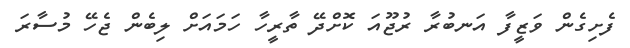
ފެށިގެން ވަޒީފާ އަނބުރާ ރުޖޫއަ ކޮށްދޭ ތާރީހާ ހަމައަށް ލިބެން ޖެހޭ މުސާރަ